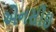
એનસીઇ